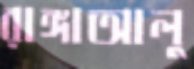
রাঙ্গাআলু